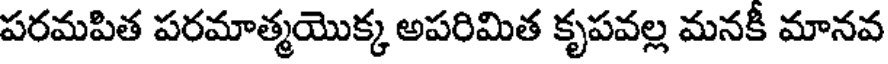
పరమపిత పరమాత్మయొక్క అపరిమిత కృపవల్ల మనకీ మానవ